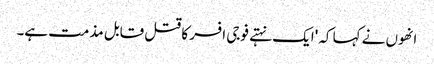
انھوں نے کہا کہ 'ایک نہتے فوجی افسر کا قتل قابل مذمت ہے۔